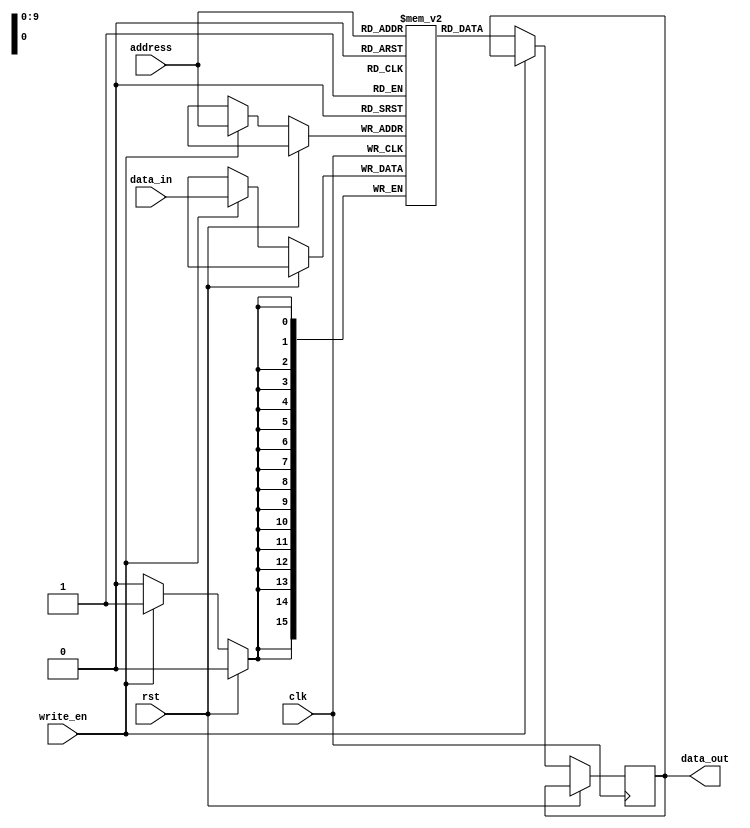
module SDRAM (
    input wire clk,
    input wire rst,
    input wire [ADDR_WIDTH-1:0] address,
    input wire write_en,
    input wire [DATA_WIDTH-1:0] data_in,
    output reg [DATA_WIDTH-1:0] data_out
);

parameter ADDR_WIDTH = 10;
parameter DATA_WIDTH = 16;

reg [DATA_WIDTH-1:0] memory [0:2**ADDR_WIDTH-1];
reg [DATA_WIDTH-1:0] data_reg;

always @(posedge clk) begin
    if (rst) begin
        // Reset logic
        data_reg <= 0;
    end else begin
        // Read operation
        if (!write_en) begin
            data_out <= memory[address];
        end

        // Write operation
        if (write_en) begin
            memory[address] <= data_in;
        end
    end
end

endmodule